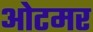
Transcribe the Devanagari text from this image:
ओटमर